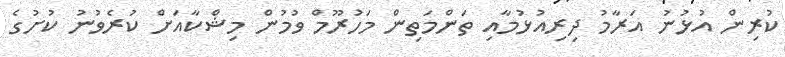
ކުރިން އުޅުނު އަރާމު ދިރިއުޅުމާއި ތަންމަތިން މަހުރޫމް ވުމުން މިޝްކާއަށް ކުރެވުނު ކުށުގެ